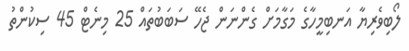
ލޯބިވެރިޔާ އަނބިމީހާގެ މަގާމަށް ގެންނަން ޖެހޭ ސަބަބުތައް 25 މިނެޓް 45 ސިކުންތު